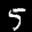
Label: 5